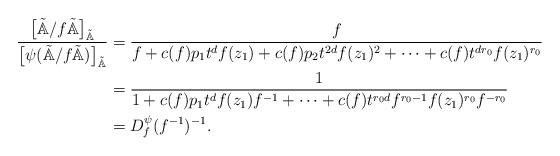
LaTeX: \begin{align*}\frac{\big[\tilde{\mathbb{A}}/f\tilde{\mathbb{A}}\big]_{\tilde{\mathbb{A}}}}{\big[\psi(\tilde{\mathbb{A}}/f\tilde{\mathbb{A}})\big]_{\tilde{\mathbb{A}}}}&=\frac{f}{f + c(f)p_1t^df(z_1)+ c(f)p_2t^{2d}f(z_1)^2 + \dots +c(f)t^{dr_0}f(z_1)^{r_0}}\\&=\frac{1}{1 + c(f)p_1t^df(z_1)f^{-1}+ \dots +c(f)t^{r_0d}f^{r_0-1}f(z_1)^{r_0}f^{-r_0}}\\&=D^{\psi}_f(f^{-1})^{-1}.\end{align*}